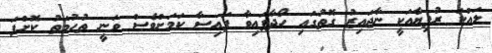
ލައްކަ ރުފިޔާއަކީ ނާޖައިޒު ގޮތުގައި ހޯދާފައިވާ ފައިސާ ކަމަަށްވެސް ވަނީ ތުހުމަތު ކޮށްފަ